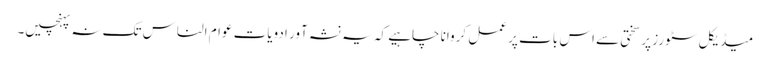
میڈیکل سٹورز پر سختی سے اس بات پر عمل کروانا چاہیے کہ یہ نشہ آور ادویات عوام الناس تک نہ پہنچیں۔